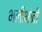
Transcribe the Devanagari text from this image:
भलीभांती